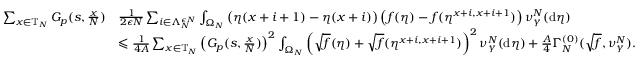
\begin{array} { r l } { \sum _ { x \in \mathbb { T } _ { N } } G _ { p } ( s , \frac { x } { N } ) } & { \frac { 1 } { 2 \epsilon N } \sum _ { i \in \Lambda _ { N } ^ { \epsilon N } } \int _ { \Omega _ { N } } \left( \eta ( x + i + 1 ) - \eta ( x + i ) \right) \left( f ( \eta ) - f ( \eta ^ { x + i , x + i + 1 } ) \right) \nu _ { \gamma } ^ { N } ( \mathrm { d } \eta ) } \\ & { \leqslant \frac { 1 } { 4 A } \sum _ { x \in \mathbb { T } _ { N } } \left( G _ { p } ( s , \frac { x } { N } ) \right) ^ { 2 } \int _ { \Omega _ { N } } \left( \sqrt { f } ( \eta ) + \sqrt { f } ( \eta ^ { x + i , x + i + 1 } ) \right) ^ { 2 } \nu _ { \gamma } ^ { N } ( \mathrm { d } \eta ) + \frac { A } { 4 } \Gamma _ { N } ^ { ( 0 ) } ( \sqrt { f } , \nu _ { \gamma } ^ { N } ) . } \end{array}